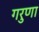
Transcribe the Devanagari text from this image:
गरुणा